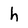
Character: h